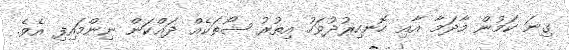
ގިނަ ކަމުން މާދަމާ އާއި ހޮނހިރުދުވަހު އިތުރު ޝޯތަކެެއް ދައްކަން ނިންމައިފި އެވެ.